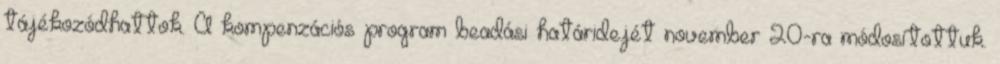
tájékozódhattok. A kompenzációs program beadási határidejét november 20-ra módosítottuk.